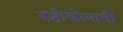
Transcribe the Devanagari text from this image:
दृष्टीकोनाची